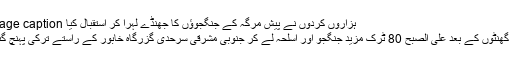
Image caption ہزاروں کردوں نے پیش مرگہ کے جنگجوؤں کا جھنڈے لہرا کر استقبال کیا
چند گھنٹوں کے بعد علی الصبح 80 ٹرک مزید جنگجو اور اسلحہ لے کر جنوبی مشرقی سرحدی گزرگاہ خابور کے راستے ترکی پہنچ گئے۔